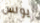
يونس